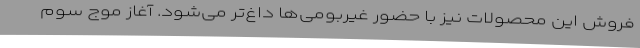
فروش این محصولات نیز با حضور غیربومی‌ها داغ‌تر می‌شود. آغاز موج سوم